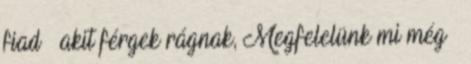
fiad – akit férgek rágnak, Megfelelünk mi még –